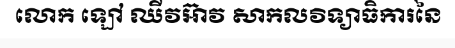
លោក ឡៅ ឈីវអ៊ាវ សាកលវិទ្យាធិការនៃ